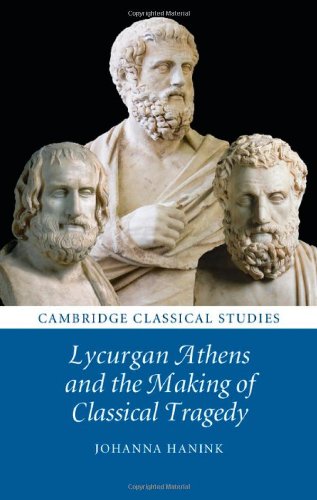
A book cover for Lycurgan Athens and the Making of Classical Tragedy (Cambridge Classical Studies); Johanna Hanink; Literature & Fiction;